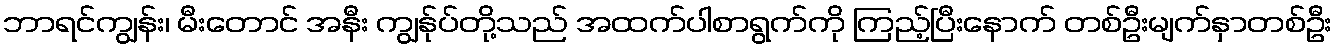
ဘာရင်ကျွန်း၊ မီးတောင် အနီး ကျွန်ုပ်တို့သည် အထက်ပါစာရွက်ကို ကြည့်ပြီးနောက် တစ်ဦးမျက်နှာတစ်ဦး